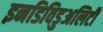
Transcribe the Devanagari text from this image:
इनडिविडुअलिटी